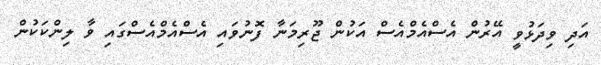
އަދި ވިދަޅުވީ އޭރުން އެސްއެމްއެސް އަކުން ޖޫރިމަނާ ފޮނުވައި އެސްއެމްއެސްގައި ވާ ލިންކަކުން